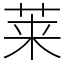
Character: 莱